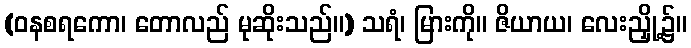
(ဝနစရကော၊ တောလည် မုဆိုးသည်။) သရံ၊ မြားကို။ ဇိယာယ၊ လေးညှို့၌။